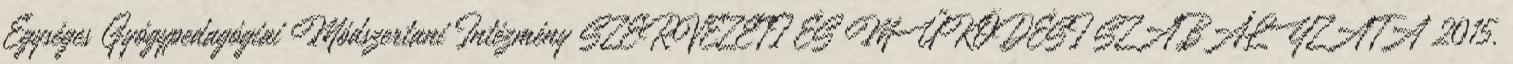
Egységes Gyógypedagógiai Módszertani Intézmény SZERVEZETI ÉS MŰKÖDÉSI SZABÁLYZATA 2015.